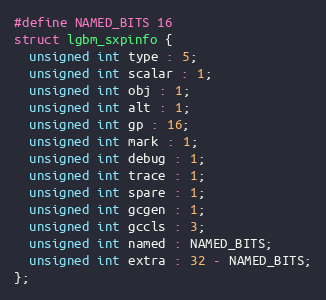
Language: C
#define NAMED_BITS 16
struct lgbm_sxpinfo {
  unsigned int type : 5;
  unsigned int scalar : 1;
  unsigned int obj : 1;
  unsigned int alt : 1;
  unsigned int gp : 16;
  unsigned int mark : 1;
  unsigned int debug : 1;
  unsigned int trace : 1;
  unsigned int spare : 1;
  unsigned int gcgen : 1;
  unsigned int gccls : 3;
  unsigned int named : NAMED_BITS;
  unsigned int extra : 32 - NAMED_BITS;
};